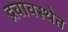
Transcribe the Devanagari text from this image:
द्रवावस्थेत